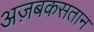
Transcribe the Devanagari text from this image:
अज़बकसतान